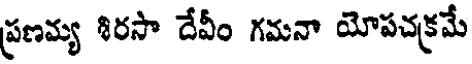
ప్రణమ్య శిరసా దేవీం గమనా యోపచక్రమే